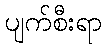
ပျက်စီးရာ